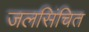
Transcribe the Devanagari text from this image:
जलसिंचित